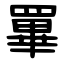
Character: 罼